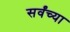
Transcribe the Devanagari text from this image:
सर्वंच्या